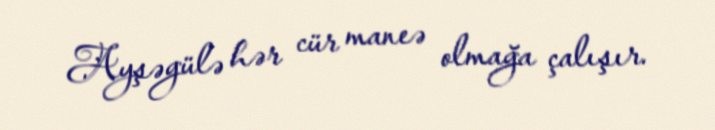
Ayşəgülə hər cür maneə olmağa çalışır.